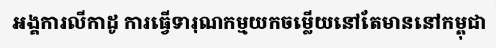
អង្គការលីកាដូ ការធ្វើទារុណកម្មយកចម្លើយនៅតែមាននៅកម្ពុជា